Lunatic asylums Bombay report 1878-1890 - 1878-1890
Year: 1878
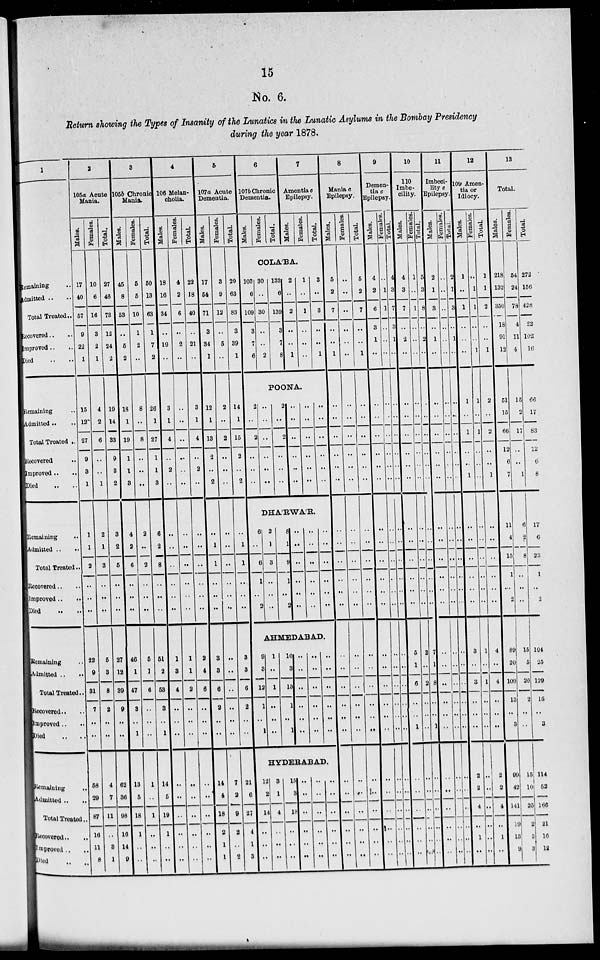
15
No. 6.
Return showing the Types of Insanity of the Lunatics in the Lunatic Asylums in the Bombay Presidency
during the year 1878.
1
Remaining ..
Admitted .. ..
Total Treated ..
Recovered .. ..
Improved .. ..
Died .. ..
Remaining ..
Admitted .. ..
Total Treated ..
Recovered ..
Improved .. ..
Died .. ..
Remaining ..
Admitted .. ..
Total Treated..
Recovered.. ..
Improved..
..
Died .. ..
Remaining ..
Admitted .. ..
Total Treated..
Recovered.. ..
Improved .. ..
Died .. ..
Remaining ..
Admitted .. ..
Total Treated..
Recovered .. ..
Improved .. ..
Died .. ..
2
105a Acute
Mania.
Males.
17
40
57
9
22
1
15
12
27
9
3
1
1
1
2
..
..
..
22
9
31
7
..
..
58
29
87
16
11
8
Females.
10
6
16
3
2
1
4
2
6
..
..
1
2
1
3
..
..
..
5
3
8
2
..
..
4
7
11
..
3
1
Total.
27
46
73
12
24
2
19
14
33
9
3
2
3
2
5
..
..
..
27
12
39
9
..
..
62
36
98
16
14
9
3
105b Chronic
Mania.
Males.
45
8
53
..
5
2
18
1
19
1
1
3
4
2
6
..
..
..
46
1
47
3
..
1
13
5
18
1
..
..
Females.
5
5
10
1
2
..
8
..
8
..
..
..
2
..
2
..
..
..
5
1
6
..
..
..
1
..
1
..
..
..
Total.
50
13
63
1
7
2
26
1
27
1
1
3
6
2
8
..
..
..
51
2
53
3
..
1
14
5
19
1
..
..
4
106 Melan-
cholia.
Males.
18
16
34
..
19
..
3
1
4
..
2
..
..
..
..
..
..
..
1
3
4
..
..
..
..
..
..
..
..
..
Females.
4
2
6
..
2
..
..
..
..
..
..
..
..
..
..
..
..
..
1
1
2
..
..
..
..
..
..
..
..
..
Total
22
18
40
..
21
..
3
1
4
..
2
..
..
..
..
..
..
..
2
4
6
..
..
..
..
..
..
..
..
..
5
107a Acute
Dementia.
Males.
17
54
71
3
34
1
12
1
13
2
..
2
..
1
1
..
..
..
3
3
6
2
..
..
14
4
18
2
1
1
Females.
3
9
12
..
5
..
2
..
2
..
..
..
..
..
..
..
..
..
..
..
..
..
..
..
7
2
9
2
..
2
Total.
20
63
83
8
39
1
14
1
15
2
..
2
..
1
1
..
..
..
3
3
6
2
..
..
21
6
27
4
1
3
6
107b Chronic
Dementia.
Males.
Females.
Total.
7
Amentia c
Epilepsy.
Males.
Females.
Total.
COLA'BA.
103
6
109
3
7
6
30
..
30
..
..
2
133
6
139
3
7
8
2
..
2
..
..
1
1
..
1
..
..
..
3
..
3
..
..
1
POONA.
2
..
2
..
..
..
..
..
..
..
..
..
2
..
2
..
..
..
..
..
..
..
..
..
..
..
..
..
..
..
..
..
..
..
..
..
DHA'RWA'R.
6
..
6
1
..
2
2
1
3
..
..
..
8
1
9
1
..
2
..
..
..
..
..
..
..
..
..
..
..
..
..
..
..
..
..
..
AHMEDABAD.
9
3
12
1
..
1
1
..
1
..
..
..
10
3
13
1
..
1
..
..
..
..
..
..
..
..
..
..
..
..
..
..
..
..
..
..
HYDERABAD.
12
2
14
..
..
..
3
1
4
..
..
..
15
3
18
..
..
..
..
..
..
..
..
..
..
..
..
..
..
..
..
..
..
..
..
..
8
Mania c
Epilepsy.
Males.
5
2
7
..
..
1
..
..
..
..
..
..
..
..
..
..
..
..
..
..
..
..
..
..
..
..
..
..
..
..
Females.
..
..
..
..
..
..
..
..
..
..
..
..
..
..
..
..
..
..
..
..
..
..
..
..
..
..
..
..
..
..
Total.
5
2
7
..
..
1
..
..
..
..
..
..
..
..
..
..
..
..
..
..
..
..
..
..
..
..
..
..
..
..
9
Demen-
tia c
Epilepsy.
Males.
4
2
6
3
1
..
..
..
..
..
..
..
..
..
..
..
..
..
..
..
..
..
..
..
..
..
..
..
..
..
Females.
..
1
1
..
..
..
..
..
..
..
..
..
..
..
..
..
..
..
..
..
..
..
..
..
..
..
..
..
..
..
Total.
4
3
7
3
1
..
..
..
..
..
..
..
..
..
..
..
..
..
..
..
..
..
..
..
..
..
..
..
..
..
10
110
Imbe-
cility.
Males.
4
3
7
..
2
..
..
..
..
..
..
..
..
..
..
..
..
..
5
1
6
..
..
1
..
..
..
..
..
..
Females.
1
..
1
..
..
..
..
..
..
..
..
..
..
..
..
..
..
..
2
..
2
..
..
..
..
..
..
..
..
..
Total.
5
3
8
..
2
..
..
..
..
..
..
..
..
..
..
..
..
..
7
1
8
..
..
1
..
..
..
..
..
..
11
Imbeci-
lity c
Epilepsy.
Males.
2
1
3
..
1
..
..
..
..
..
..
..
..
..
..
..
..
..
..
..
..
..
..
..
..
..
..
..
..
Females.
..
..
..
..
..
..
..
..
..
..
..
..
..
..
..
..
..
..
..
..
..
..
..
..
..
..
..
..
..
Total.
2
1
3
..
1
..
..
..
..
..
..
..
..
..
..
..
..
..
..
..
..
..
..
..
..
..
..
..
..
12
109 Amen-
tia or
Idiocy.
Males.
1
..
1
..
..
..
1
..
1
..
..
1
..
..
..
..
..
..
3
..
3
..
..
..
2
2
4
..
1
..
Females.
..
1
1
..
..
1
1
..
1
..
..
..
..
..
..
..
..
..
1
..
1
..
..
..
..
..
..
..
..
..
Total.
1
1
2
..
..
1
2
..
2
..
..
1
..
..
..
..
..
..
4
..
4
..
..
..
2
2
4
..
1
..
13
Total.
Males.
218
132
350
18
91
12
51
15
66
12
6
7
11
4
15
1
..
2
89
20
109
13
..
3
99
42
141
19
13
9
Females.
54
24
78
4
11
4
15
2
17
..
..
1
6
2
8
..
..
..
15
5
20
2
..
..
15
10
25
2
3
3
Total.
272
156
428
22
102
16
66
17
83
12
6
8
17
6
23
1
..
2
104
25
129
15
..
3
114
52
166
21
16
12